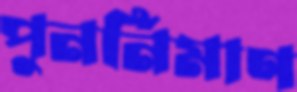
পুনর্নিমাণ